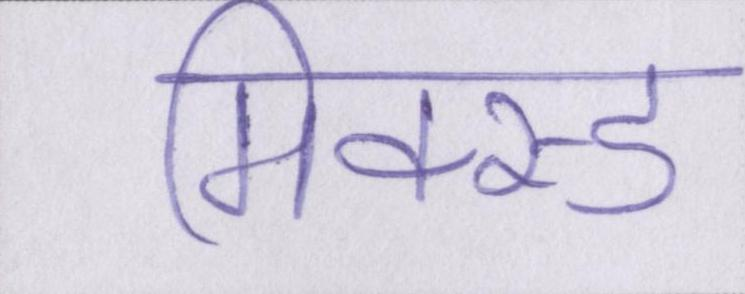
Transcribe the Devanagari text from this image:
मिक्स्ड